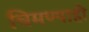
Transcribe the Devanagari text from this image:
चिमण्याही